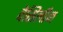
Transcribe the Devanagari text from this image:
वेसिलीन